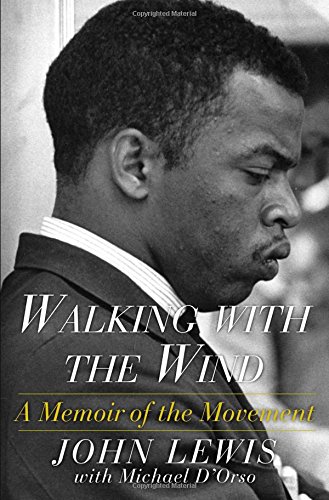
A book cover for Walking with the Wind: A Memoir of the Movement; Michael D'Orso; Biographies & Memoirs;